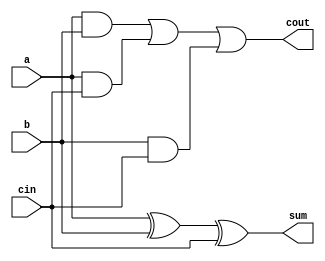
`timescale 1ns / 1ps
// Deepak Lal
// Full Adder 
//using Gate Level Modeling

module xyz(a, b, cin, sum, cout);
input a, b, cin;
output sum, cout;
wire d,e,f,g;

    xor (d, a, b);
    xor (sum, d, cin);
    and (e, a, b);
    and (f, a, cin);
    and (g, b, cin);
    or (cout, e, f, g);

endmodule